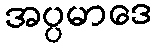
အပ္ပမာဒေ